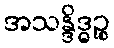
အသန္ဒိဒ္ဓဉ္စ